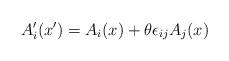
LaTeX: \begin{align*}A'_{i}(x') = A_{i}(x)+\theta\epsilon_{ij}A_{j}(x)\end{align*}